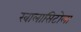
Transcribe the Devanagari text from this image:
खालासिटोला